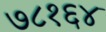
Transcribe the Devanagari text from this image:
७८१६४